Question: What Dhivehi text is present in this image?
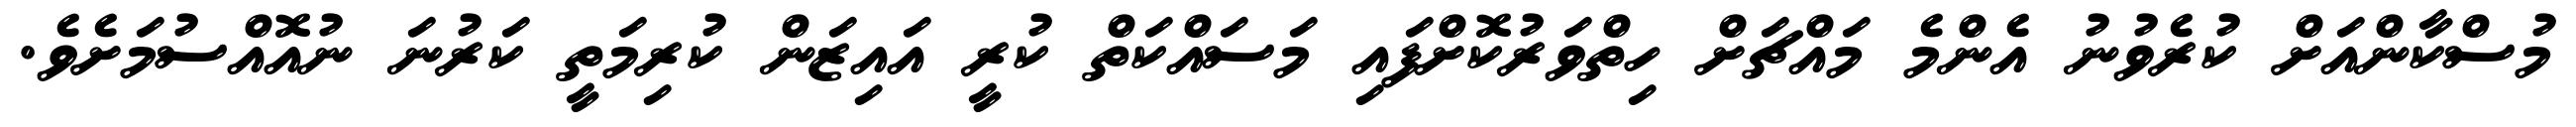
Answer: މުސްކާންއަށް ކުރެވުނު އެންމެ މައްޗަށް ހިތްވަރުކޮށްފައި މަސައްކަތް ކުރީ އައިޒަން ކުރިމަތީ ކަރުނަ ނުއޮއްސުމަށެވެ.